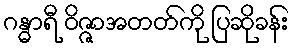
ဂန္ဓာရီ ဝိဇ္ဇာအတတ်ကို ပြဆိုခန်း